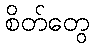
စိတ်တွေ